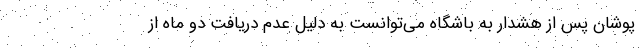
پوشان پس از هشدار به باشگاه می‌توانست به دلیل عدم دریافت دو ماه از